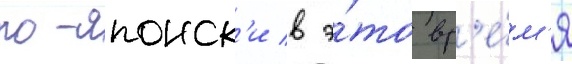
по-японск'и в э́то вр'е́м'я